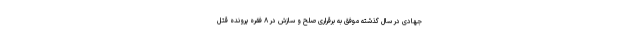
جهادی در سال گذشته موفق به برقراری صلح و سازش در ۸ فقره پرونده قتل